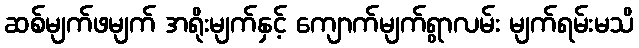
ဆစ်မျက်ဖမျက် အရိုးမျက်နှင့် ကျောက်မျက်ရွာလမ်း မျက်ရမ်းမသိ